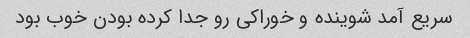
سریع آمد شوینده و خوراکی رو جدا کرده بودن خوب بود